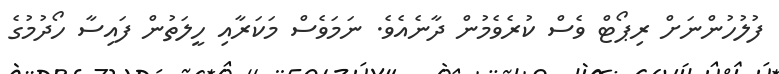
ފުލުހުންނަށް ރިޕޯޓް ވެސް ކުރެވެމުން ދާނެއެވެ. ނަމަވެސް މަކަރާއި ހީލަތުން ފައިސާ ހޯދުމުގެ